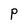
Character: P